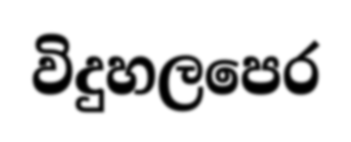
විදුහලපෙර